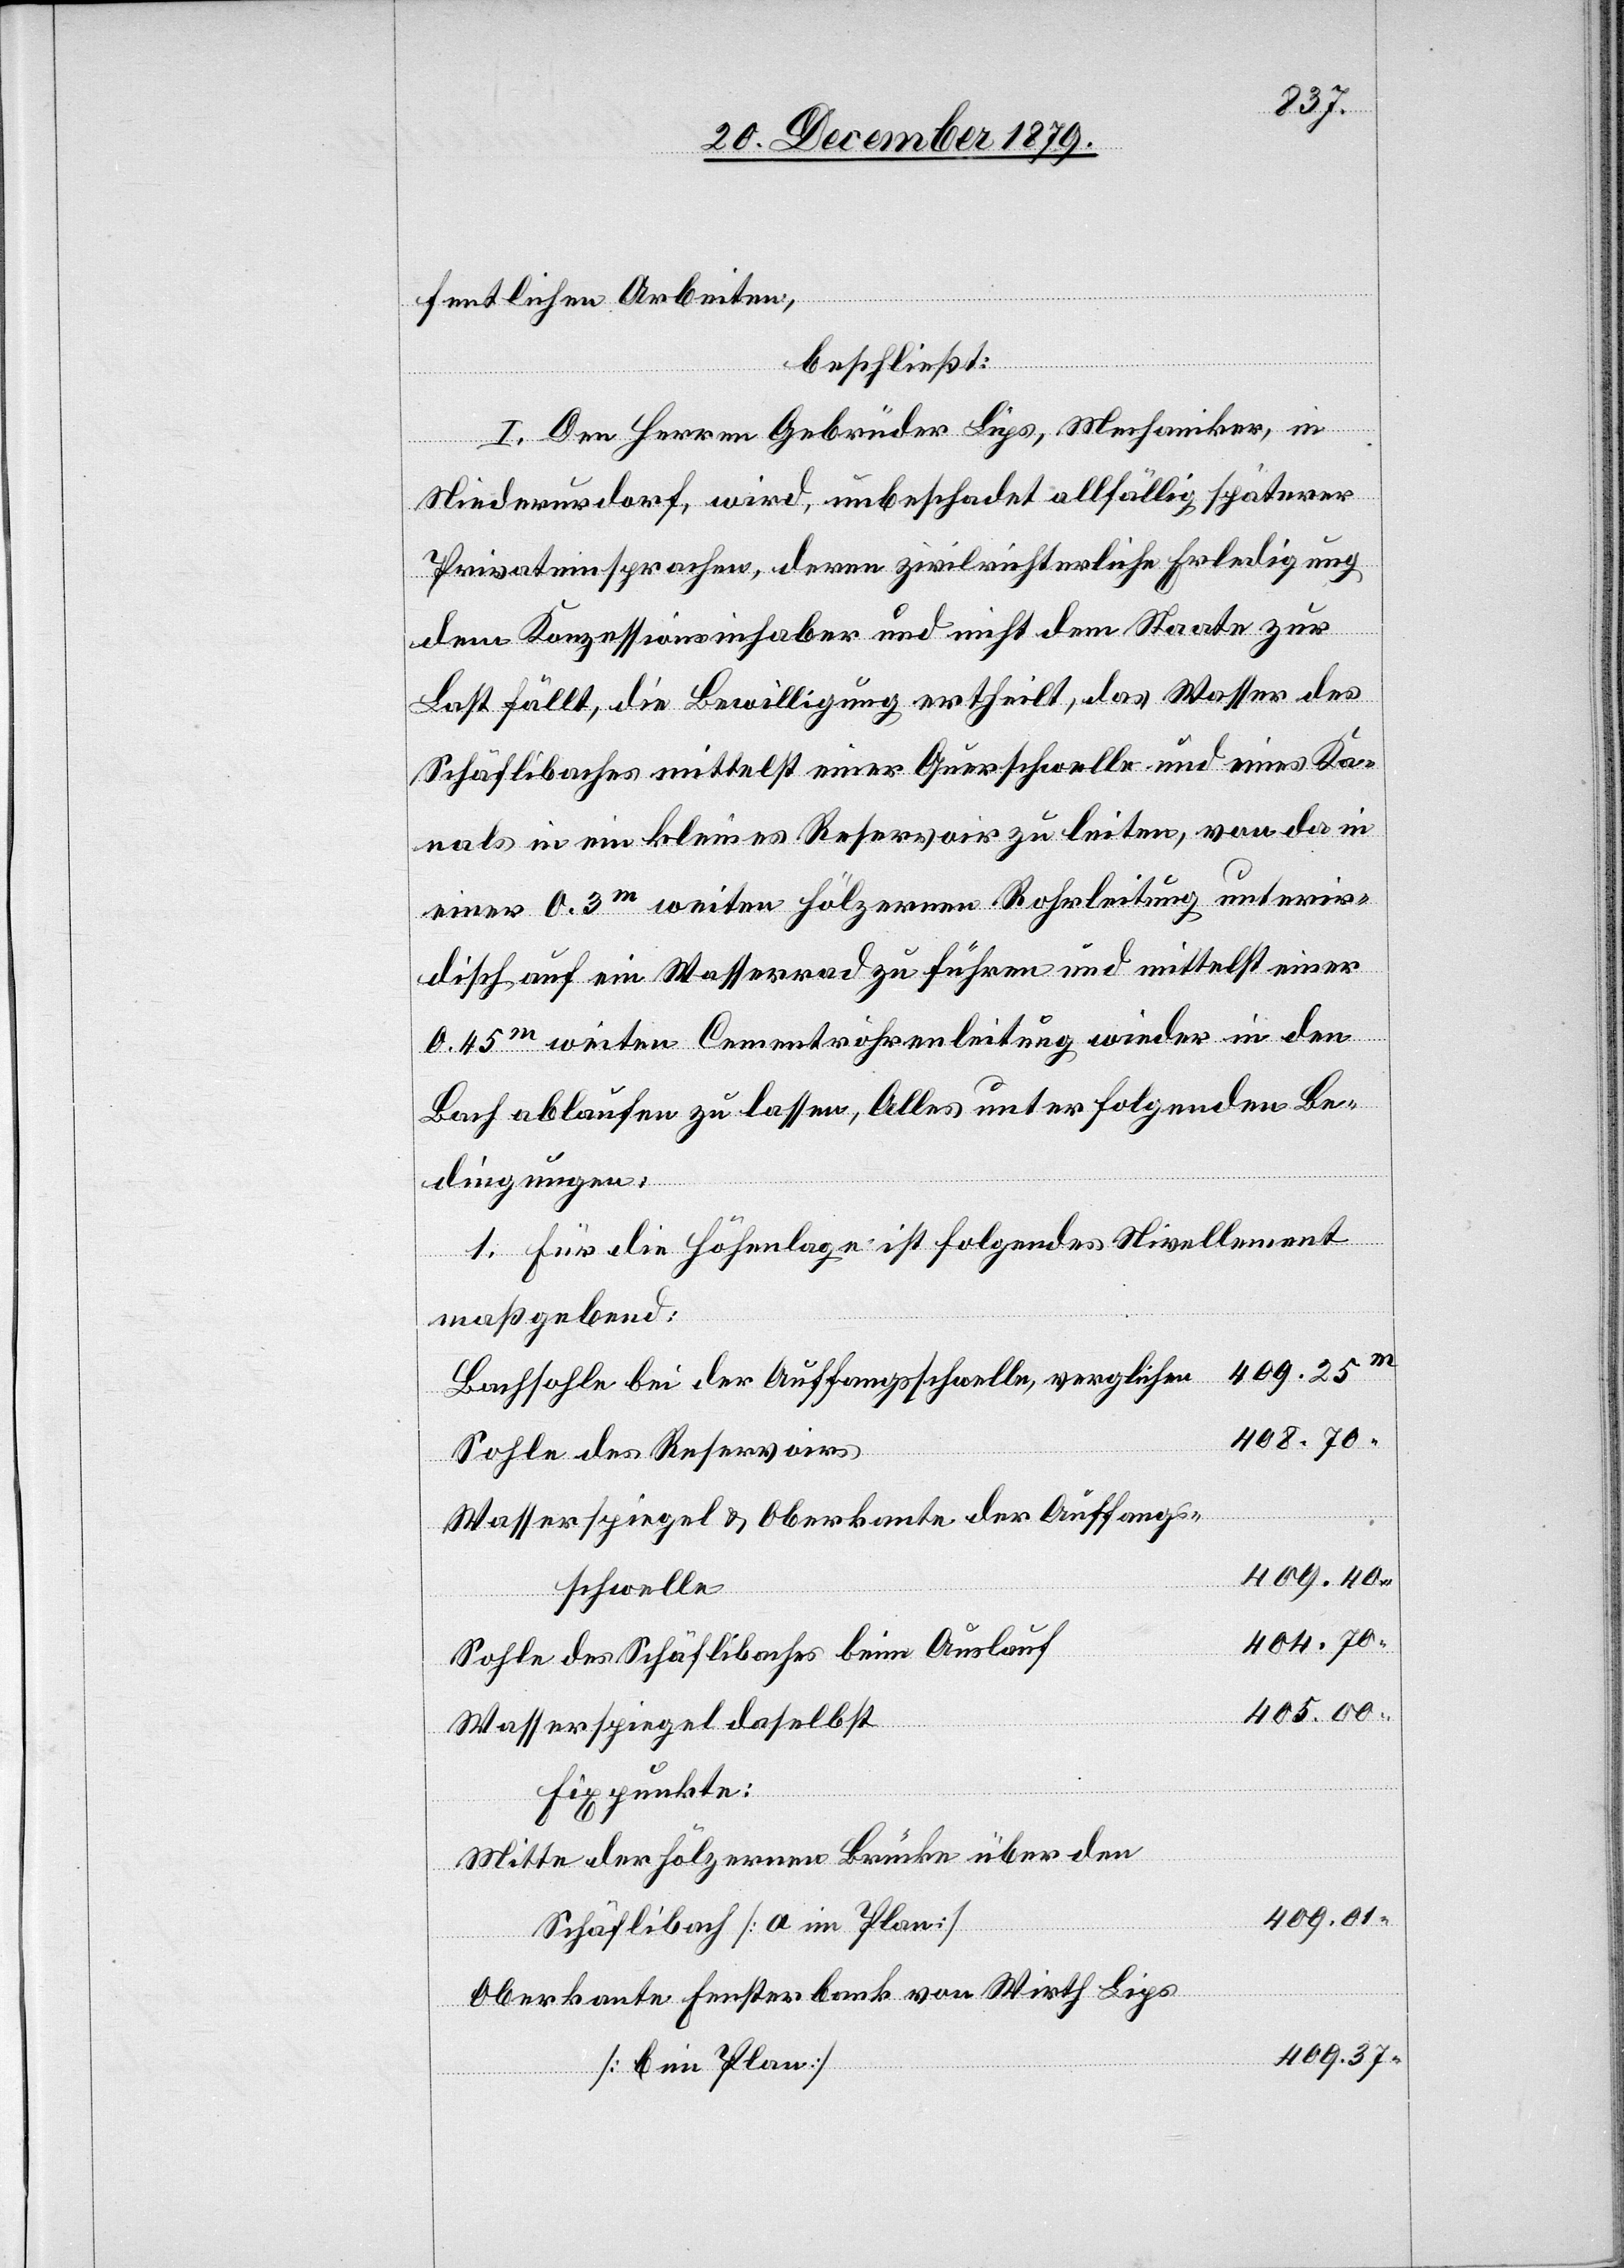
fentlichen Arbeiten,
beschließt:
mungen:
I. Den Herren Gebrüder Lips, Mechaniker, in
Niederurdorf, wird, unbeschadet allfällig späterer
Privateinsprachen, deren zivilrechtliche Erledigung
dem Konzessionsinhaber und nicht dem Staate zur
Last fällt, die Bewilligung ertheilt, das Wasser des
Schäflibaches mittelst einer Querschwelle und eines Ka¬
nals in ein kleines Reservoir zu leiten, von da in
einer 0.3m weiten hölzernen Rohrleitung unterir¬
disch auf ein Wasserrad zu führen und mittelst einer
0.45m weiten Cementröhrenleitung wieder in den
Bach ablaufen zu lassen, Alles unter folgenden Be¬
1. Für die Höhenlage ist folgendes Nivellement
maßgebend:
409.25m
Bachsohle bei der Auffangsschwelle, verglichen
408.70“
Sohle des Reservoirs
Wasserspiegel & Oberkante der Auffangs¬
409.40“
schwelle
404.70“
Sohle des Schäflibaches beim Auslauf
405.00“
Wasserspiegel daselbst
Fixpunkte:
Mitte der hölzernen Brücke über den
409.01“
Schäflibach [a im Plan]
Oberkante Fensterbank von Wirth Lips
409.37“
[b im Plan]